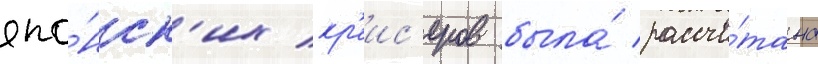
япо́нск'их кр'еис'еров была́ рассчи́тана